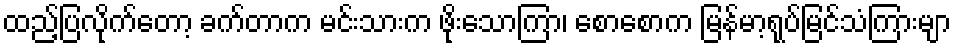
ထည့်ပြလိုက်တော့ ခက်တာက မင်းသားက ဖိုးသောကြာ၊ စောစောက မြန်မာ့ရုပ်မြင်သံကြားမျာ